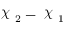
\raisebox { \depth } { \( \chi \) } _ { 2 } - \raisebox { \depth } { \( \chi \) } _ { 1 }